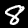
Digit: 8